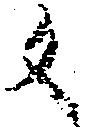
反